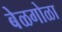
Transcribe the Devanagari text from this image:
बेळगोळा